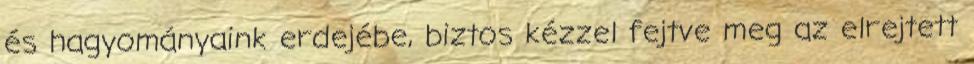
és hagyományaink erdejébe, biztos kézzel fejtve meg az elrejtett